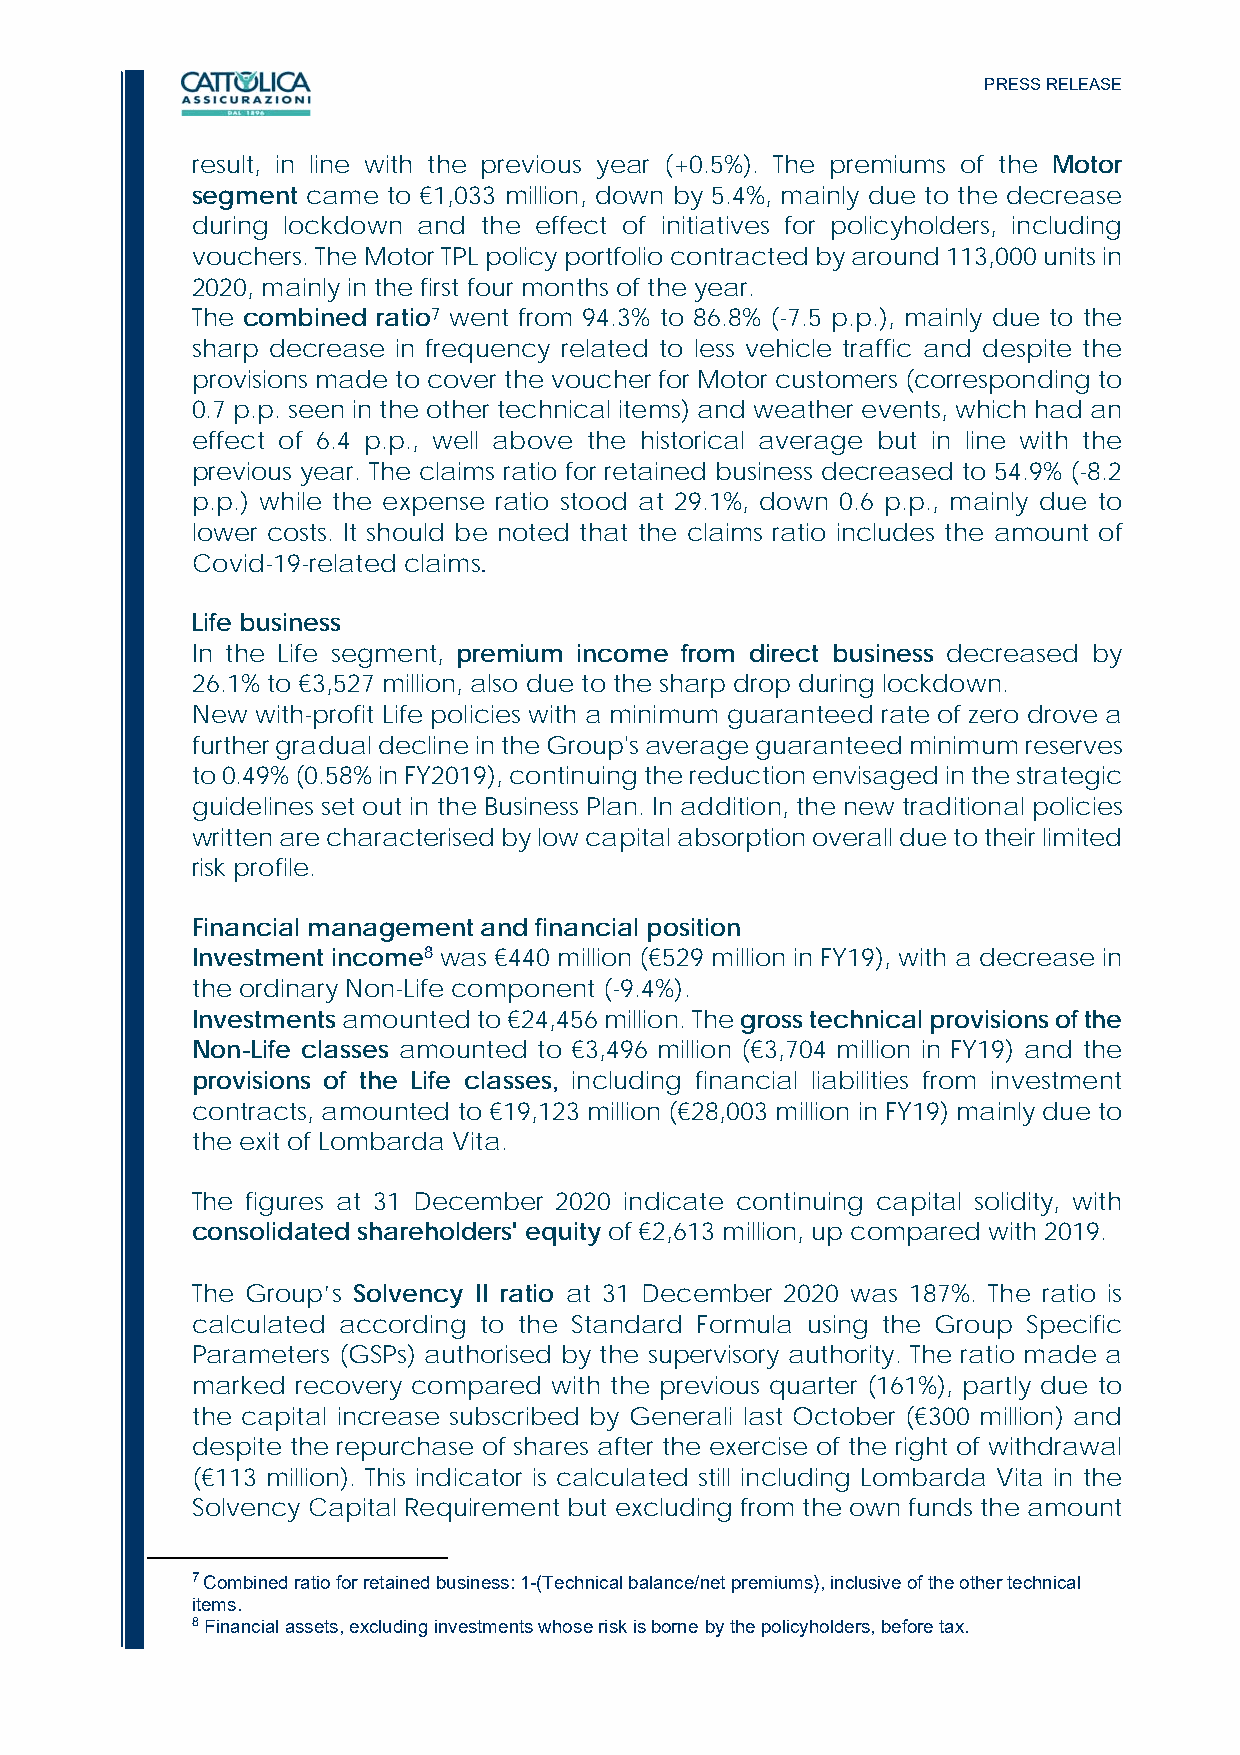
PRESS RELEASE
 result, in line with the previous year (+0.5%). The premiums of the Motor
 segment came to €1,033 million, down by 5.4%, mainly due to the decrease
 during lockdown and the effect of initiatives for policyholders, including
 vouchers. The Motor TPL policy portfolio contracted by around 113,000 units in
 2020, mainly in the first four months of the year.
 The combined ratio7 went from 94.3% to 86.8% (-7.5 p.p.), mainly due to the
 sharp decrease in frequency related to less vehicle traffic and despite the
 provisions made to cover the voucher for Motor customers (corresponding to
 0.7 p.p. seen in the other technical items) and weather events, which had an
 effect of 6.4 p.p., well above the historical average but in line with the
 previous year. The claims ratio for retained business decreased to 54.9% (-8.2
 p.p.) while the expense ratio stood at 29.1%, down 0.6 p.p., mainly due to
 lower costs. It should be noted that the claims ratio includes the amount of
 Covid-19-related claims.
 Life business
 In the Life segment, premium income from direct business decreased by
 26.1% to €3,527 million, also due to the sharp drop during lockdown.
 New with-profit Life policies with a minimum guaranteed rate of zero drove a
 further gradual decline in the Group's average guaranteed minimum reserves
 to 0.49% (0.58% in FY2019), continuing the reduction envisaged in the strategic
 guidelines set out in the Business Plan. In addition, the new traditional policies
 written are characterised by low capital absorption overall due to their limited
 risk profile.
 Financial management and financial position
 Investment income8 was €440 million (€529 million in FY19), with a decrease in
 the ordinary Non-Life component (-9.4%).
 Investments amounted to €24,456 million. The gross technical provisions of the
 Non-Life classes amounted to €3,496 million (€3,704 million in FY19) and the
 provisions of the Life classes, including financial liabilities from investment
 contracts, amounted to €19,123 million (€28,003 million in FY19) mainly due to
 the exit of Lombarda Vita.
 The figures at 31 December 2020 indicate continuing capital solidity, with
 consolidated shareholders' equity of €2,613 million, up compared with 2019.
 The Group’s Solvency II ratio at 31 December 2020 was 187%. The ratio is
 calculated according to the Standard Formula using the Group Specific
 Parameters (GSPs) authorised by the supervisory authority. The ratio made a
 marked recovery compared with the previous quarter (161%), partly due to
 the capital increase subscribed by Generali last October (€300 million) and
 despite the repurchase of shares after the exercise of the right of withdrawal
 (€113 million). This indicator is calculated still including Lombarda Vita in the
 Solvency Capital Requirement but excluding from the own funds the amount
 7 Combined ratio for retained business: 1-(Technical balance/net premiums), inclusive of the other technical
 items.
 8 Financial assets, excluding investments whose risk is borne by the policyholders, before tax.